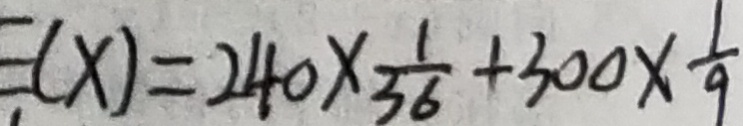
E ( x ) = 2 4 0 \times \frac { 1 } { 3 6 } + 3 0 0 \times \frac { 1 } { 9 }